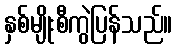
နှစ်မျိုးစီကွဲပြန်သည်။